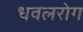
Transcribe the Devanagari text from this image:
धवलरोग